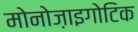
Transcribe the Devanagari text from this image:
मोनोज़ाइगोटिक